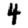
Digit: 4